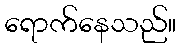
ရောက်နေသည်။